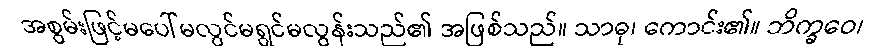
အစွမ်းဖြင့်မပေါ်မလွင်မရွင်မလွန်းသည်၏ အဖြစ်သည်။ သာဓု၊ ကောင်း၏။ ဘိက္ခဝေ၊